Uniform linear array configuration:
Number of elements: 32
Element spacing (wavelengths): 1
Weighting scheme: cosine
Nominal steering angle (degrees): -60
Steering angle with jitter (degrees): -61.371
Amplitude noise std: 0.05
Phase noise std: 0.05

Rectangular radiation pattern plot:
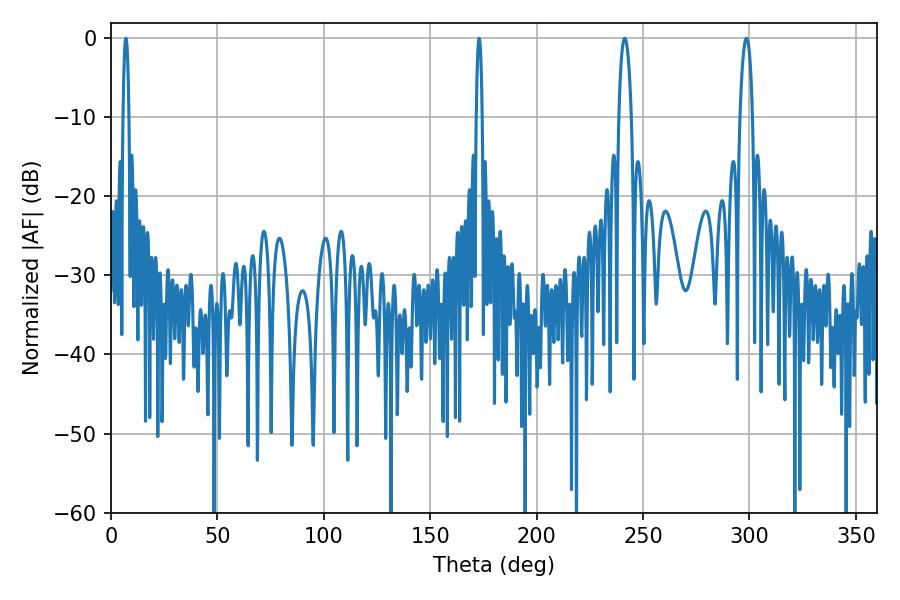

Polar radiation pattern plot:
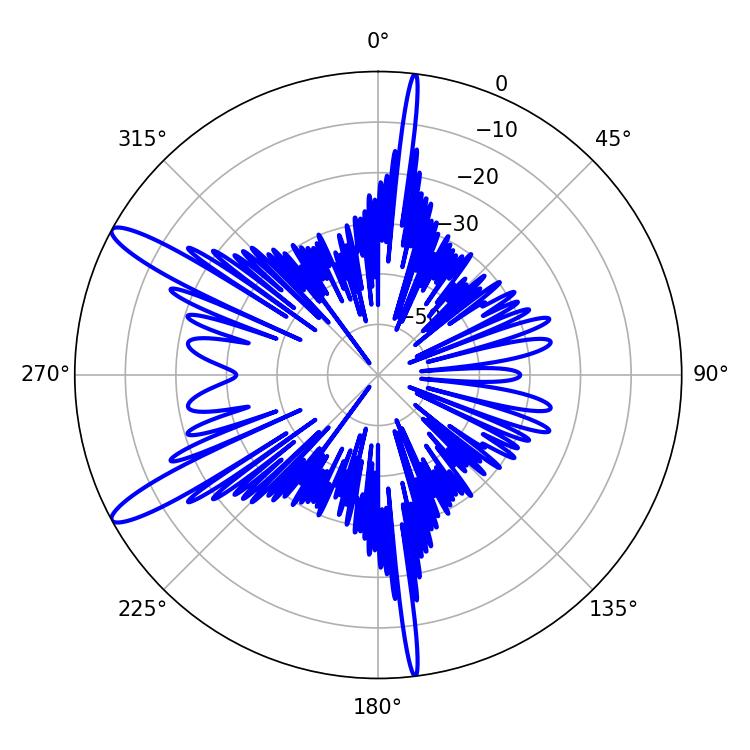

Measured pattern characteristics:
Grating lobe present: TRUE
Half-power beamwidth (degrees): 3.42
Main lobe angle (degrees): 241.38